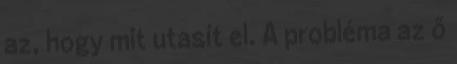
az, hogy mit utasít el. A probléma az ő